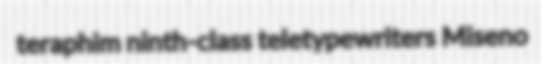
teraphim ninth-class teletypewriters Miseno